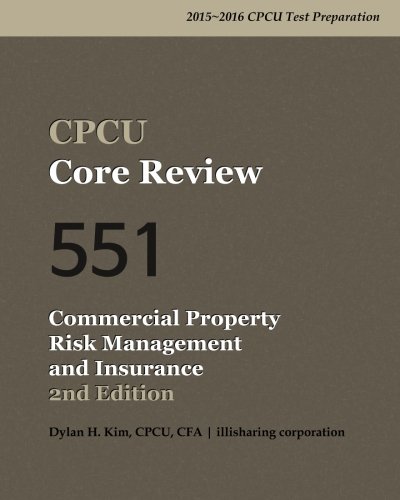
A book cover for CPCU Core Review 551 Commercial Property Risk Management and Insurance, 2nd Edition; CPCU, CFA, Dylan H. Kim; Business & Money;